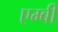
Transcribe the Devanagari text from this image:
एम्बी